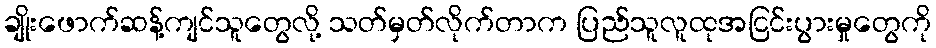
ချိုးဖောက်ဆန့်ကျင်သူတွေလို့ သတ်မှတ်လိုက်တာက ပြည်သူလူထုအငြင်းပွားမှုတွေကို